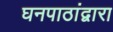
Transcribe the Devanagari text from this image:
घनपाठांद्वारा